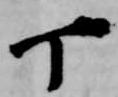
丁